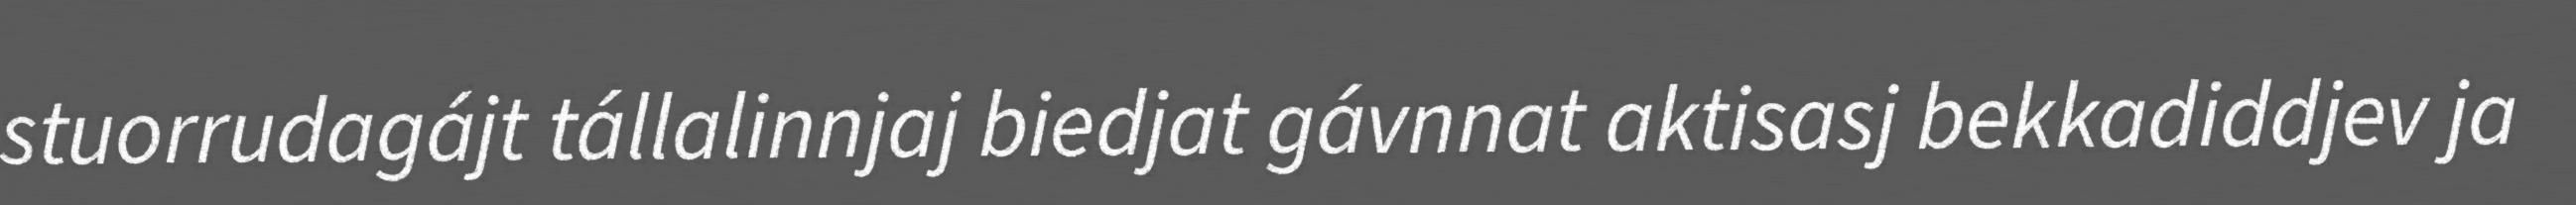
stuorrudagájt tállalinnjaj biedjat gávnnat aktisasj bekkadiddjev ja